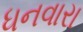
ધનવારા